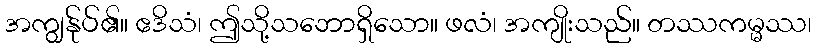
အကျွန်ုပ်၏။ ဧဒိသံ၊ ဤသို့သဘောရှိသော။ ဖလံ၊ အကျိုးသည်။ တဿကမ္မဿ၊